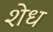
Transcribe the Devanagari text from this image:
शेध